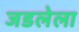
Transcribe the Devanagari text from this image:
जडलेला